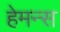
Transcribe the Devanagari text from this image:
हेमन्स